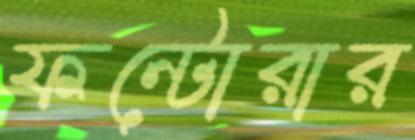
ফন্টোরার